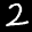
Label: 2